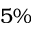
5 \%